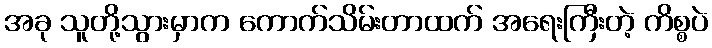
အခု သူတို့သွားမှာက ကောက်သိမ်းတာထက် အရေးကြီးတဲ့ ကိစ္စပဲ